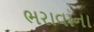
ભરાવાના